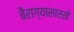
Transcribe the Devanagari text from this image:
बैराग्यासारखे